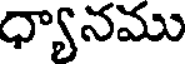
ధ్యానము